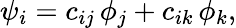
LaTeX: \psi_{i}=c_{ij}\, \phi_{j}+c_{ik}\, \phi_{k},